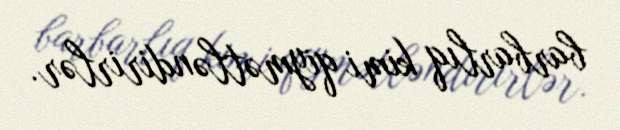
barbarlıq kimi qiymətləndirirlər.